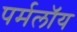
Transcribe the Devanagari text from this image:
पर्मलॉय